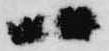
一